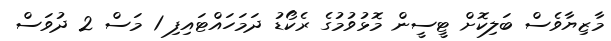
މާޒިޔާވެސް ބަލިކޮށް ޓީސީން މޮޅުވުމުގެ ރެކޯޑު ދަމަހައްޓައިފި 1 މަސް 2 ދުވަސް